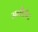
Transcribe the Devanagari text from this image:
मनीहोट